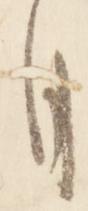
月